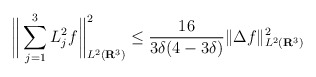
\begin{align*}\bigg\| \sum_{j=1}^3 L_j^2f \bigg\|_{L^2(\mathbf{R}^3)}^2 \leq \frac{16}{3\delta(4 - 3\delta)} \|\Delta f\|^{2}_{L^2(\mathbf{R}^3)}\end{align*}